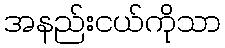
အနည်းငယ်ကိုသာ